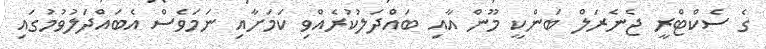
ގެ ސެކްޓްރީ ޖެނެރަލް ބަންކީ މޫން އާއި ބަައްދަލުކުރެއްވި ކަމަށާއި ނަމަވެސް އެބައްދަލުވުމުގައި